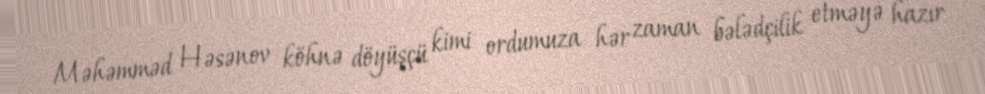
Məhəmməd Həsənov köhnə döyüşçü kimi ordumuza hər zaman bələdçilik etməyə hazır